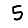
Digit: 5